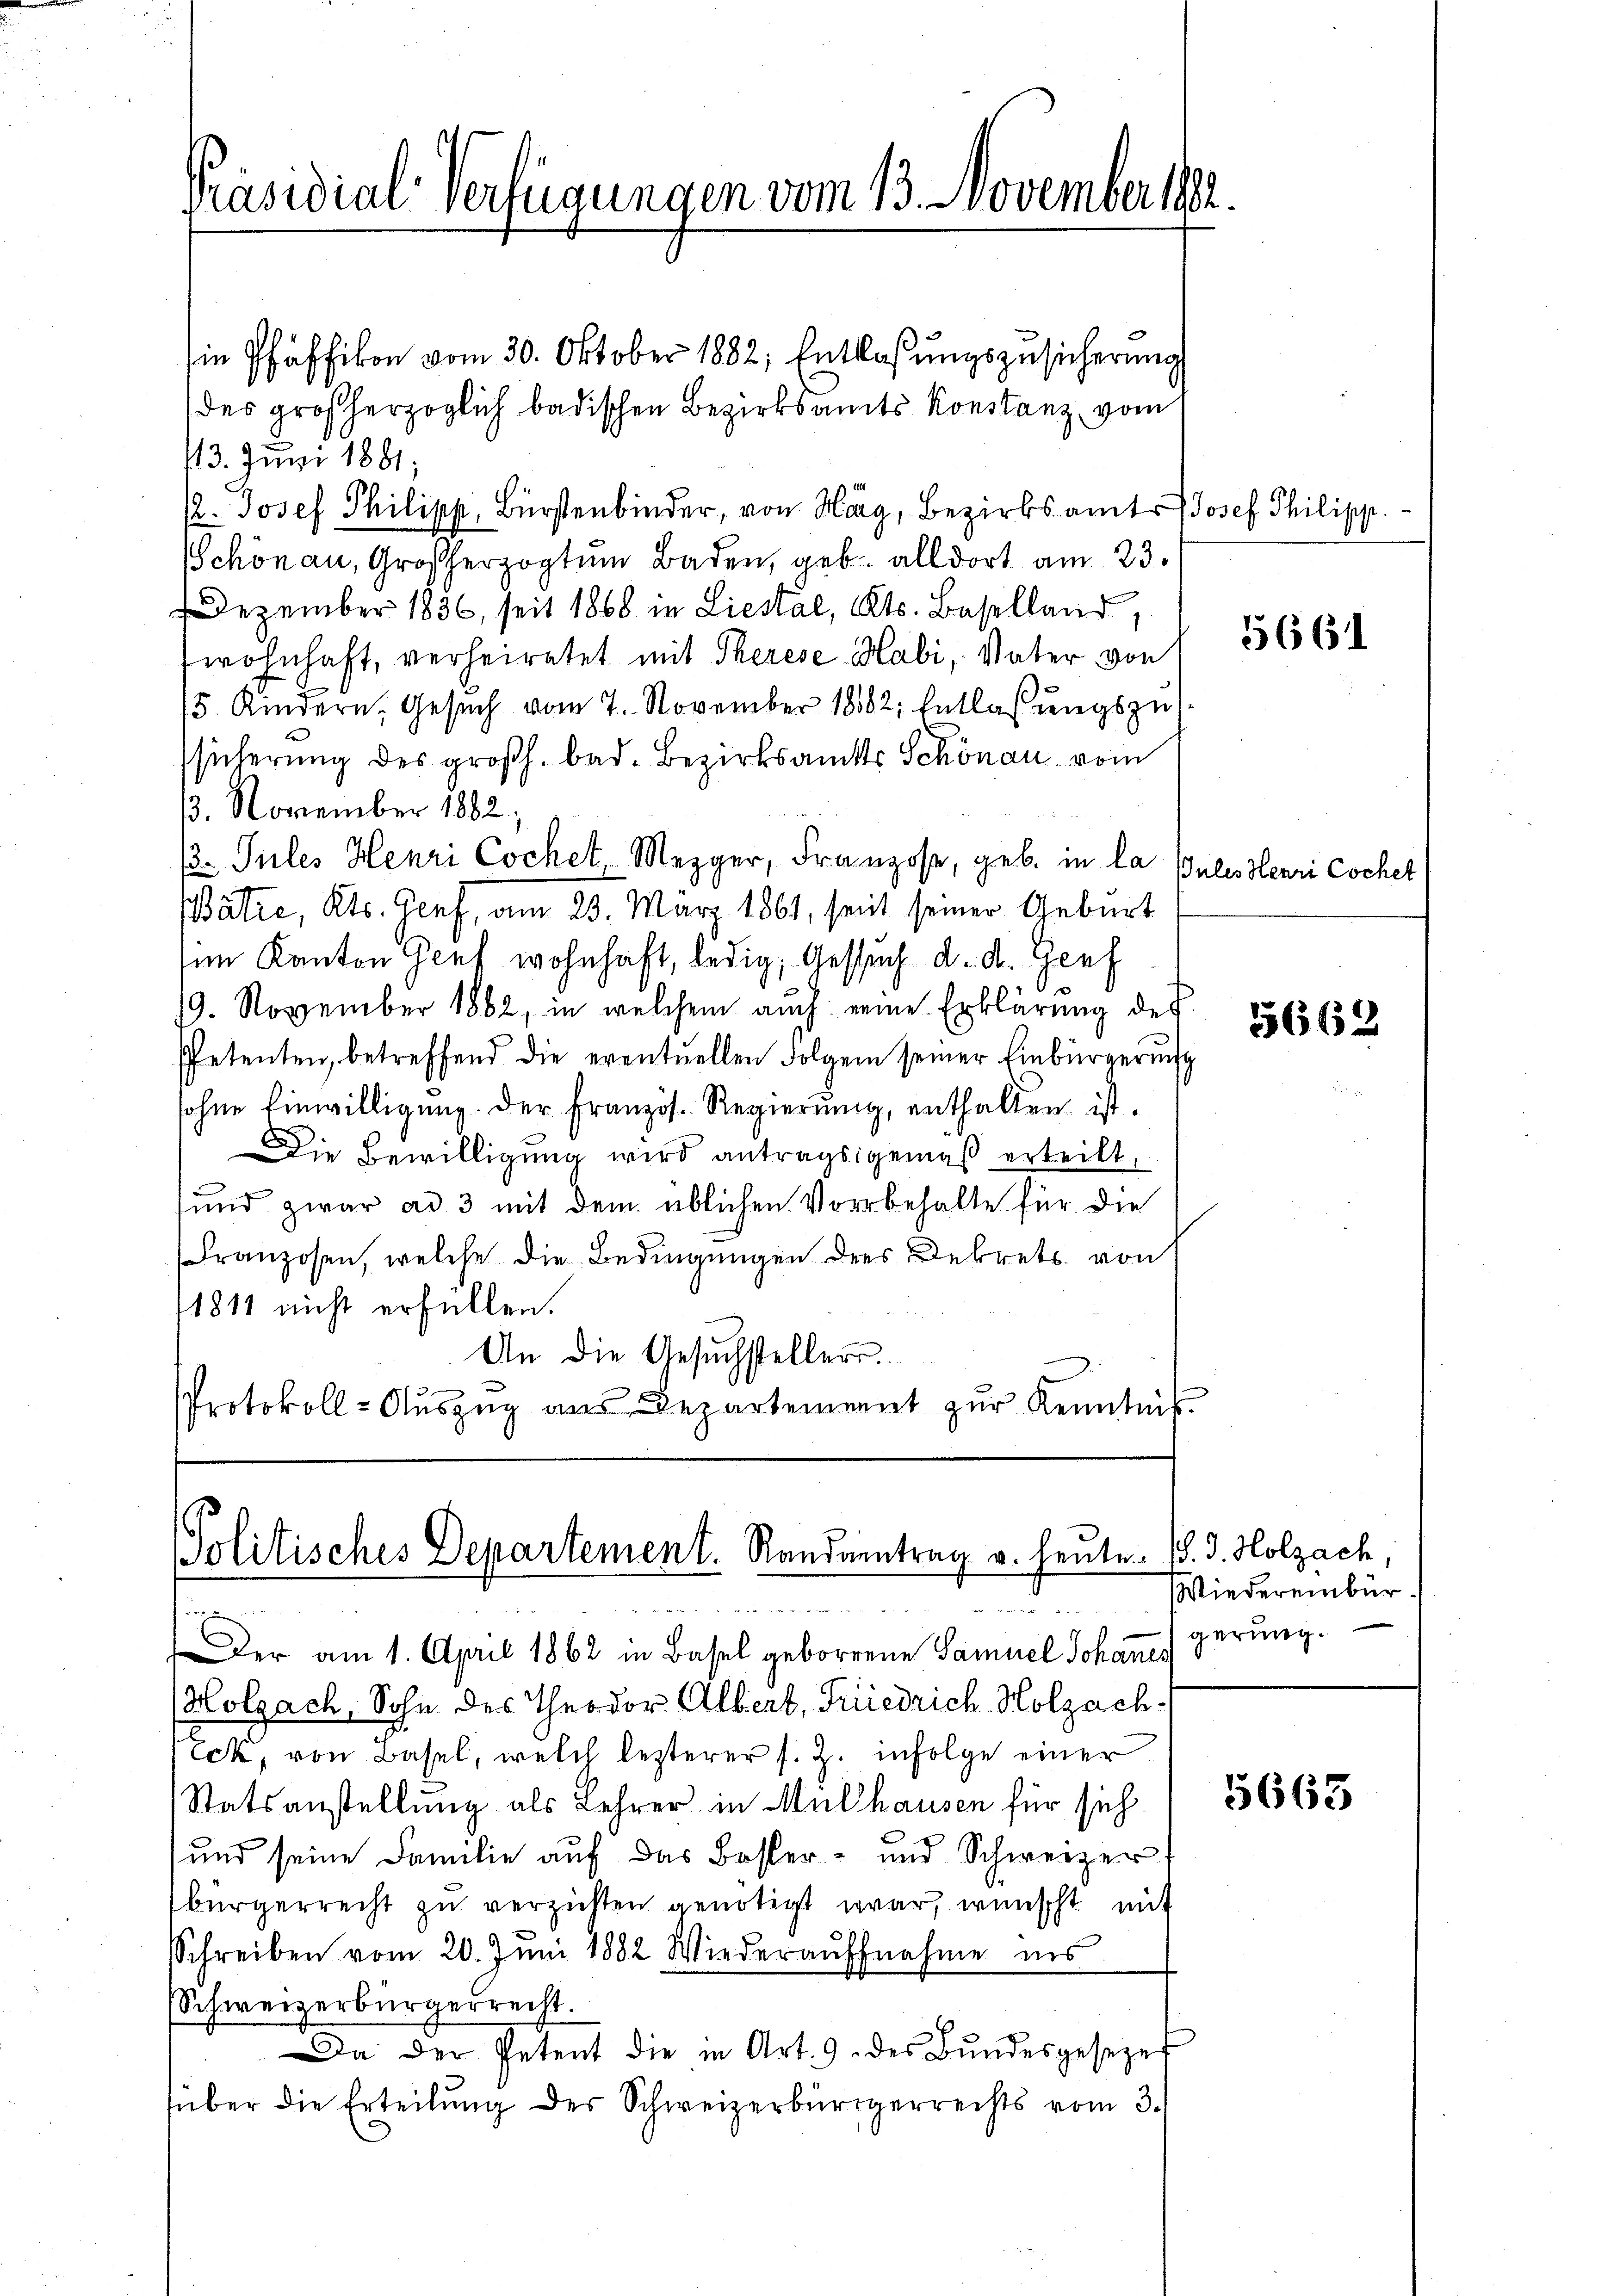
Präsidial-Verfügungen vom 13. November 1890

Politisches Departement. Randamntrag v. heute.
wiesen

in Pfäffikon vom 30. Oktober 1882, Entlassŭngszusicherung
des großherzoglich badischen Bezirksamts Konstanz, vom
13. Juni 1881;
r. Josef Philipp, Bürstenbinder, von Harg, Bezirksamts Josef Philipp
Schönau, Großherzogtum Baden, geb. alldort am 23.
Dezember 1836, seit 1868 in Liestal, Kts. Baselland,
wohnhaft, verheiratet mit Therese Habi, Vater von
5. Kindern, Gesuch vom 7. November 1882: Entlaßungszusicherung des großh. bad. Bezirksamts Schönau vom
13. November 1882;
/3. Jules Henri Cochel Mezger, Franzose, geb. in la Pules Henri Cochet
Batze, Kts. Genf, am 25. März 1861, seit seiner Geburt
sim Kanton Genf wohnhaft, ledig, Gesuch d. d. Genf
19. November 1862, in welchem auch eine Erklärung des
spetenten, betreffend die eventuellen Folgen seiner Einbürgerung
sohne Einwilligŭng. Der Französ. Regierŭng, enthalten ist.
Die Bewilligung wird antragsgemäß erteilt,
und zwar ad 3 mit dem üblichen Vorbehalte für die
Franzosen, welche die Bedingungen des Dekrets von
1811 nicht erfüllen.
An die Gesuchstellers.
Protokoll-Auszug aus Departement zur Kenntniß

Der am 1. April 1862 in Basel geborene Samuel Johannes
Holzach, Sohn des Theodor Albert, Friedrich Holzach¬
Eck, von Basel, welch lezterer s. Z. infolge einer
Statsanstellung als Lehrer in Müllhausen für sich
und seine Familie auf das Basser- und Schweizer
bürgerrecht zu verzichten genötigt war, wünscht mit
Schreiben vom 20. Juni 1882 Wiederaŭffnahme ins
Schweizerbürgerrecht.
Da der Petent die in Art. 9. des Bŭndesgesezes
über die Erteilung des Schweizerbürgerrechts vom 3.

5661

5662

J. J. Holzach,
Wiedereinbür
gerung.

5663